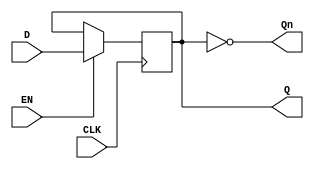
module edge_triggered_gated_latch (
    input wire D,      // Data input
    input wire CLK,    // Clock signal
    input wire EN,     // Enable signal
    output reg Q,      // Output Q
    output wire Qn     // Complement of Q
);

    assign Qn = ~Q; // Q is the complement of Q

    always @(posedge CLK) begin
        if (EN) begin
            Q <= D; // Capture D on the rising edge of CLK when EN is high
        end
        // If EN is low, Q retains its previous value
    end

endmodule